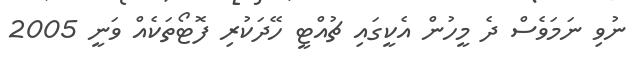
ނުވި ނަމަވެސް ދެ މީހުން އެކީގައި ޗުއްޓީ ހޭދަކުރި ފޮޓޯތަކެއް ވަނީ 2005